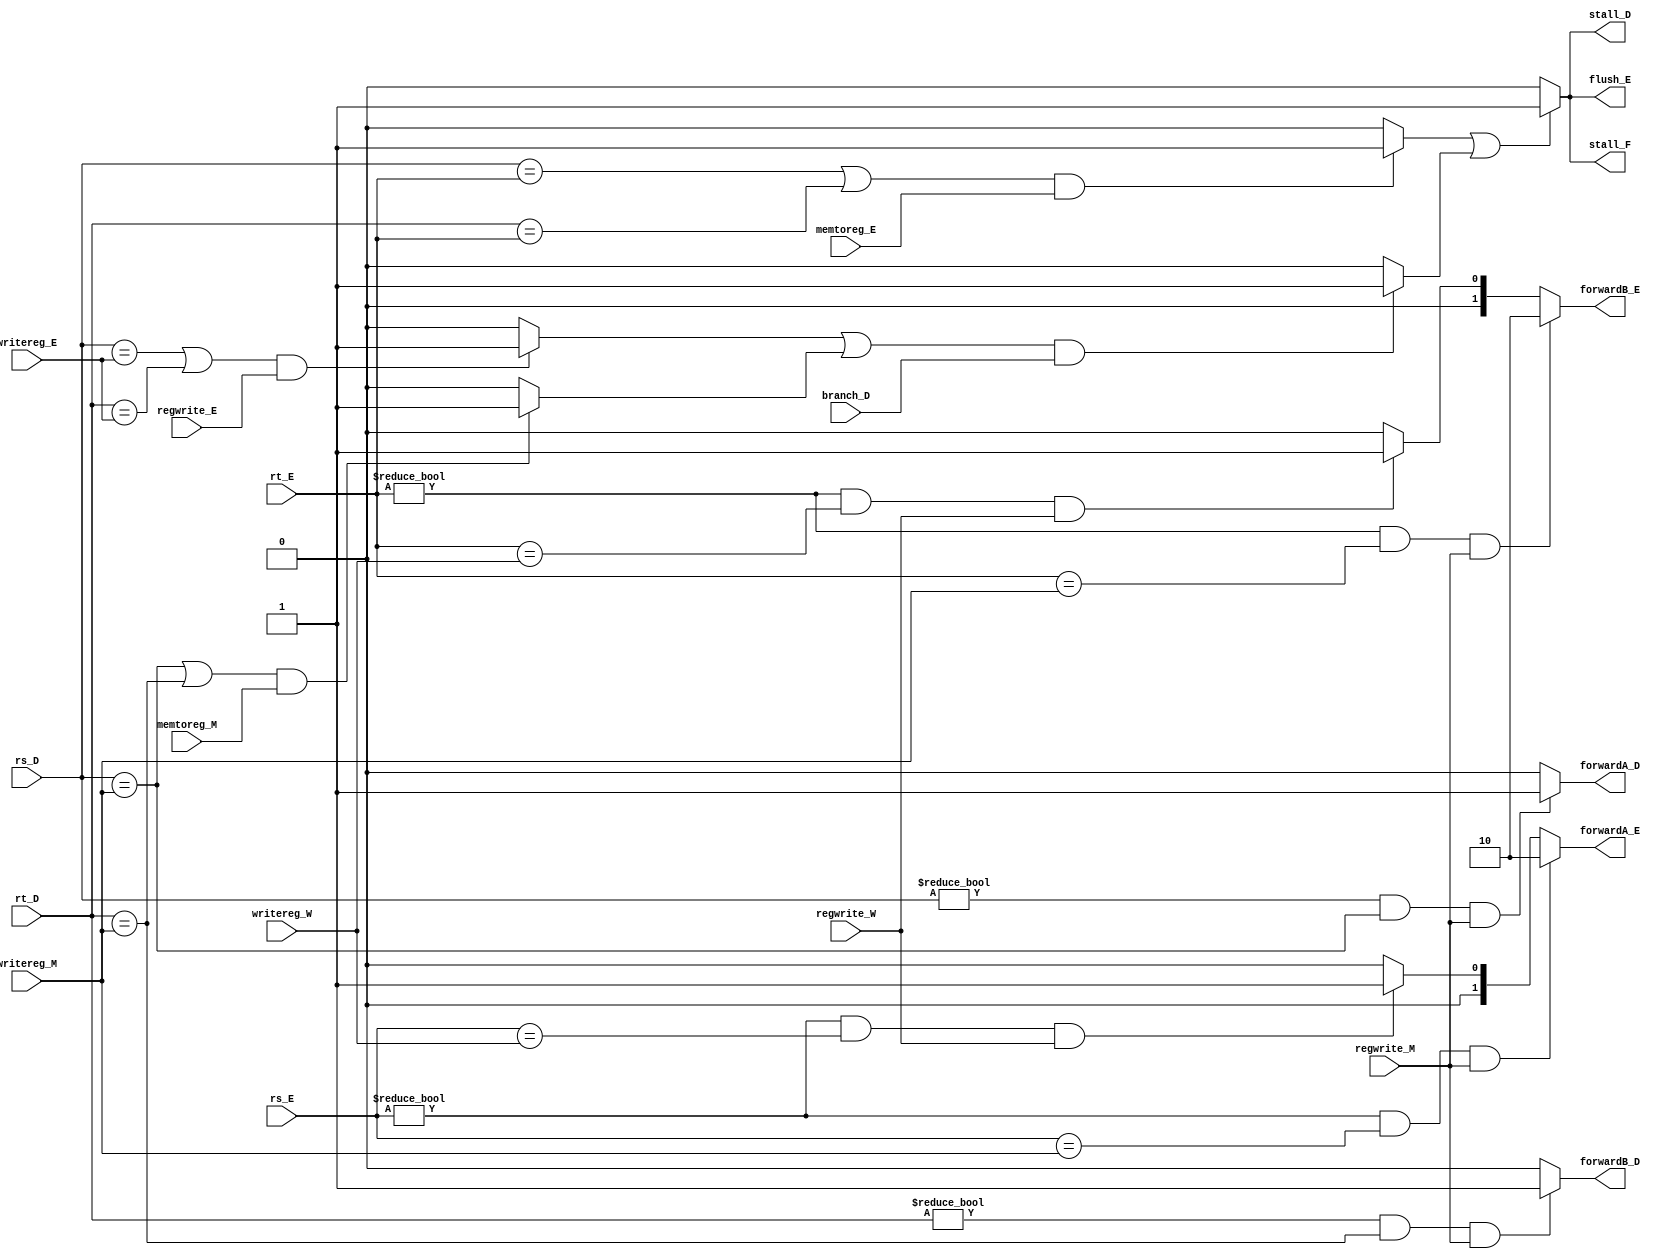
module hazardunit(	input 			branch_D,					// branch control for instr in D
					input	[4:0]	rs_D, rt_D,					// source/target reg of instr in D
					input	[4:0]	rs_E, rt_E,					// source/target reg of instr in D
					input	[4:0]	writereg_E,					// reg that data will be written to for instr in E
					input 			memtoreg_E,					// low when non-LW for instr in E
					input			regwrite_E,					// low when SW/BEQ/J for instr in E
					input	[4:0]	writereg_M,					// reg that data will be written to for instr in M
					input			memtoreg_M,					// low when non-LW for instr in M
					input			regwrite_M,					// low when SW/BEQ/J for instr in M
					input	[4:0]	writereg_W,					// reg that data will be written to for instr in W
					input			regwrite_W,					// low when SW/BEQ/J for instr in W
					output reg		stall_F,					// hold instr in PC reg
					output reg		stall_D,					// hold instr in D reg
					output reg 	 	forwardA_D, forwardB_D,		// select bits for srcA_D, srcB_D
					output reg		flush_E,					// clear instr in E reg
					output reg[1:0] forwardA_E, forwardB_E		// select bits for srcA_E, srcB_E
					);
	
	reg lwstall;					// temp to be assigned in always() block
	reg branchstall;				// temp to be assigned in always() block
	reg cbranchstall;				// temp to be assigned in always() block
	reg dbranchstall;				// temp to be assigned in always() block
					
	always @ (*)
		begin
		// lwstall
		////////////////////////////////////////////////////////////////////////////////////////////////////////////////////
			if		(  ((rs_D == rt_E)			// if either source reg needed for instr in D is the same as the reg to be written in E
					|| (rt_D == rt_E))			// if either target reg needed for instr in D is the same as the reg to be written in E
					&& (memtoreg_E == 1'b1))	// if instr in E is LW
				begin							// then
					lwstall <= 1'b1;			// set lwstall
				end
			else
				begin
					lwstall <= 1'b0;			// else, clear lwstall
				end
		// cbranchstall
		////////////////////////////////////////////////////////////////////////////////////////////////////////////////////
			if		(  ((rs_D == writereg_E)	// if either source reg needed for instr in D is the same as the reg to be written in E
					|| (rt_D == writereg_E))	// if either target reg needed for instr in D is the same as the reg to be written in E
					&& (regwrite_E == 1'b1))	// if instr in E is non-SW/BEQ/J
				begin							// then
					cbranchstall <= 1'b1;		// set cbranchstall
				end
			else
				begin
					cbranchstall <= 1'b0;		// else, clear cbranchstall
				end
		// dbranchstall
		////////////////////////////////////////////////////////////////////////////////////////////////////////////////////
			if		(  ((rs_D == writereg_M)	// if either source reg needed for instr in D is the same as the reg to be written in M
					|| (rt_D == writereg_M))	// if either target reg needed for instr in D is the same as the reg to be written in M
					&& (memtoreg_M == 1'b1))	// if instr in M is LW
				begin							// then
					dbranchstall <= 1'b1;		// set dbranchstall
				end
			else
				begin
					dbranchstall <= 1'b0;		// else, clear dbranchstall
				end
		// branchstall
		////////////////////////////////////////////////////////////////////////////////////////////////////////////////////
			if		(  ((cbranchstall)			// if either control branch hazard
					|| (dbranchstall))			// if either data branch hazard
					&& (branch_D == 1'b1))		// if instr in D is BEQ
				begin							// then
					branchstall <= 1'b1;		// set branchstall
				end
			else
				begin
					branchstall <= 1'b0;		// else, clear branchstall
				end
		// stall_F, stall_D, flush_E
		////////////////////////////////////////////////////////////////////////////////////////////////////////////////////
			if		(  (lwstall)				// if either lwstall
					|| (branchstall))			// if either branchstall
				begin							// then
					stall_F <= 1'b1;			// hold instr in PC reg
					stall_D <= 1'b1;			// hold instr in D reg
					flush_E <= 1'b1;			// clear instr in E reg
				end
			else
				begin
					stall_F <= 1'b0;			// if no LW/BEQ hazards for rs_D/rt_D, then continue pipelining
					stall_D <= 1'b0;			// if no LW/BEQ hazards for rs_D/rt_D, then continue pipelining
					flush_E <= 1'b0;			// if no LW/BEQ hazards for rs_D/rt_D, then continue pipelining
				end
		// forwardA_D
		////////////////////////////////////////////////////////////////////////////////////////////////////////////////////
			if		(  (rs_D != 5'b00000)		// if source reg in D is not $0
					&& (rs_D == writereg_M)		// if source reg needed for instr in D is the same as the reg to be written in M
					&& (regwrite_M == 1'b1))	// if instr in M will actually write data to register file
				begin							// then
					forwardA_D <= 1'b1;			// forward ALUout_M to srcA_D
				end
			else
				begin
					forwardA_D <= 1'b0;			// if no RAW hazards for srcA_D, then select rs_D
				end
		// forwardB_D
		////////////////////////////////////////////////////////////////////////////////////////////////////////////////////
			if		(  (rt_D != 5'b00000)		// if target reg in D is not $0
					&& (rt_D == writereg_M)		// if target reg needed for instr in D is the same as the reg to be written in M
					&& (regwrite_M == 1'b1))	// if instr in M will actually write data to register file
				begin							// then
					forwardB_D <= 1'b1;			// forward ALUout_M to srcB_D
				end
			else
				begin
					forwardB_D <= 1'b0;			// if no RAW hazards for srcB_D, then select rt_D
				end
		// forwardA_E
		////////////////////////////////////////////////////////////////////////////////////////////////////////////////////
			if		(  (rs_E != 5'b00000)		// if source reg in E is not $0
					&& (rs_E == writereg_M)		// if source reg needed for instr in E is the same as the reg to be written in M
					&& (regwrite_M == 1'b1))	// if instr in M will actually write data to register file
				begin							// then
					forwardA_E <= 2'b10;		// forward ALUout_M to srcA_E
				end
			else if (  (rs_E != 5'b00000)		// if source reg in E is not $0
					&& (rs_E == writereg_W)		// if source reg needed for instr in E is the same as the reg to be written in W
					&& (regwrite_W == 1'b1))	// if instr in W will actually write data to register file
				begin							// then
					forwardA_E <= 2'b01;		// forward result_W to srcA_E
				end
			else
				begin
					forwardA_E <= 2'b00;		// if no RAW hazards for srcA_E, then select srcA_D
				end	
		// forwardB_E
		////////////////////////////////////////////////////////////////////////////////////////////////////////////////////		
			if		(  (rt_E != 5'b00000)		// if target reg in E is not $0
					&& (rt_E == writereg_M)		// if target reg needed for instr in E is the same as the reg to be written in M
					&& (regwrite_M == 1'b1))	// if instr in M will actually write data to register file
				begin							// then
					forwardB_E <= 2'b10;		// forward ALUout_M to srcB_E
				end
			else if (  (rt_E != 5'b00000)		// if target reg in E is not $0
					&& (rt_E == writereg_W)		// if target reg needed for instr in E is the same as the reg to be written in W
					&& (regwrite_W == 1'b1))	// if instr in W will actually write data to register file
				begin							// then
					forwardB_E <= 2'b01;		// forward result_W to srcB_E
				end
			else
				begin
					forwardB_E <= 2'b00;		// if no RAW hazards for srcB_E, then select srcB_D
				end
		end
					
endmodule